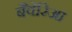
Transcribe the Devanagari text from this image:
बैवेरिआ